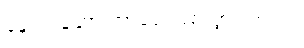
နောက်တော့ ဘာတွေဖြစ်သွားတာလဲ။